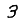
Digit: 3